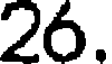
26.